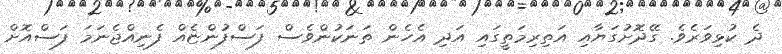
ދެ ކުޅިވަރެވެ. ގޭދޮށުގަޔާއި އަތިރިމަތީގައި އަދި އެހެން ތަނަކުންވެސް ފަސްފުންޏެއް ފެނިއްޖެނަމަ ފަސްއޮށް